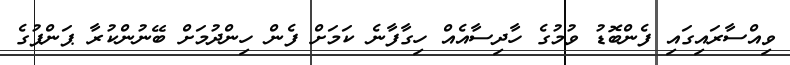
ވިއްސާރައިގައި ފެންބޮޑު ވުމުގެ ހާދިސާއެއް ހިގާފާނެ ކަމަށް ފެން ހިންދުމަށް ބޭނުންކުރާ ޕަންޕުގެ